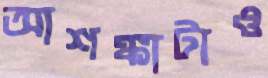
আশঙ্কাটাও